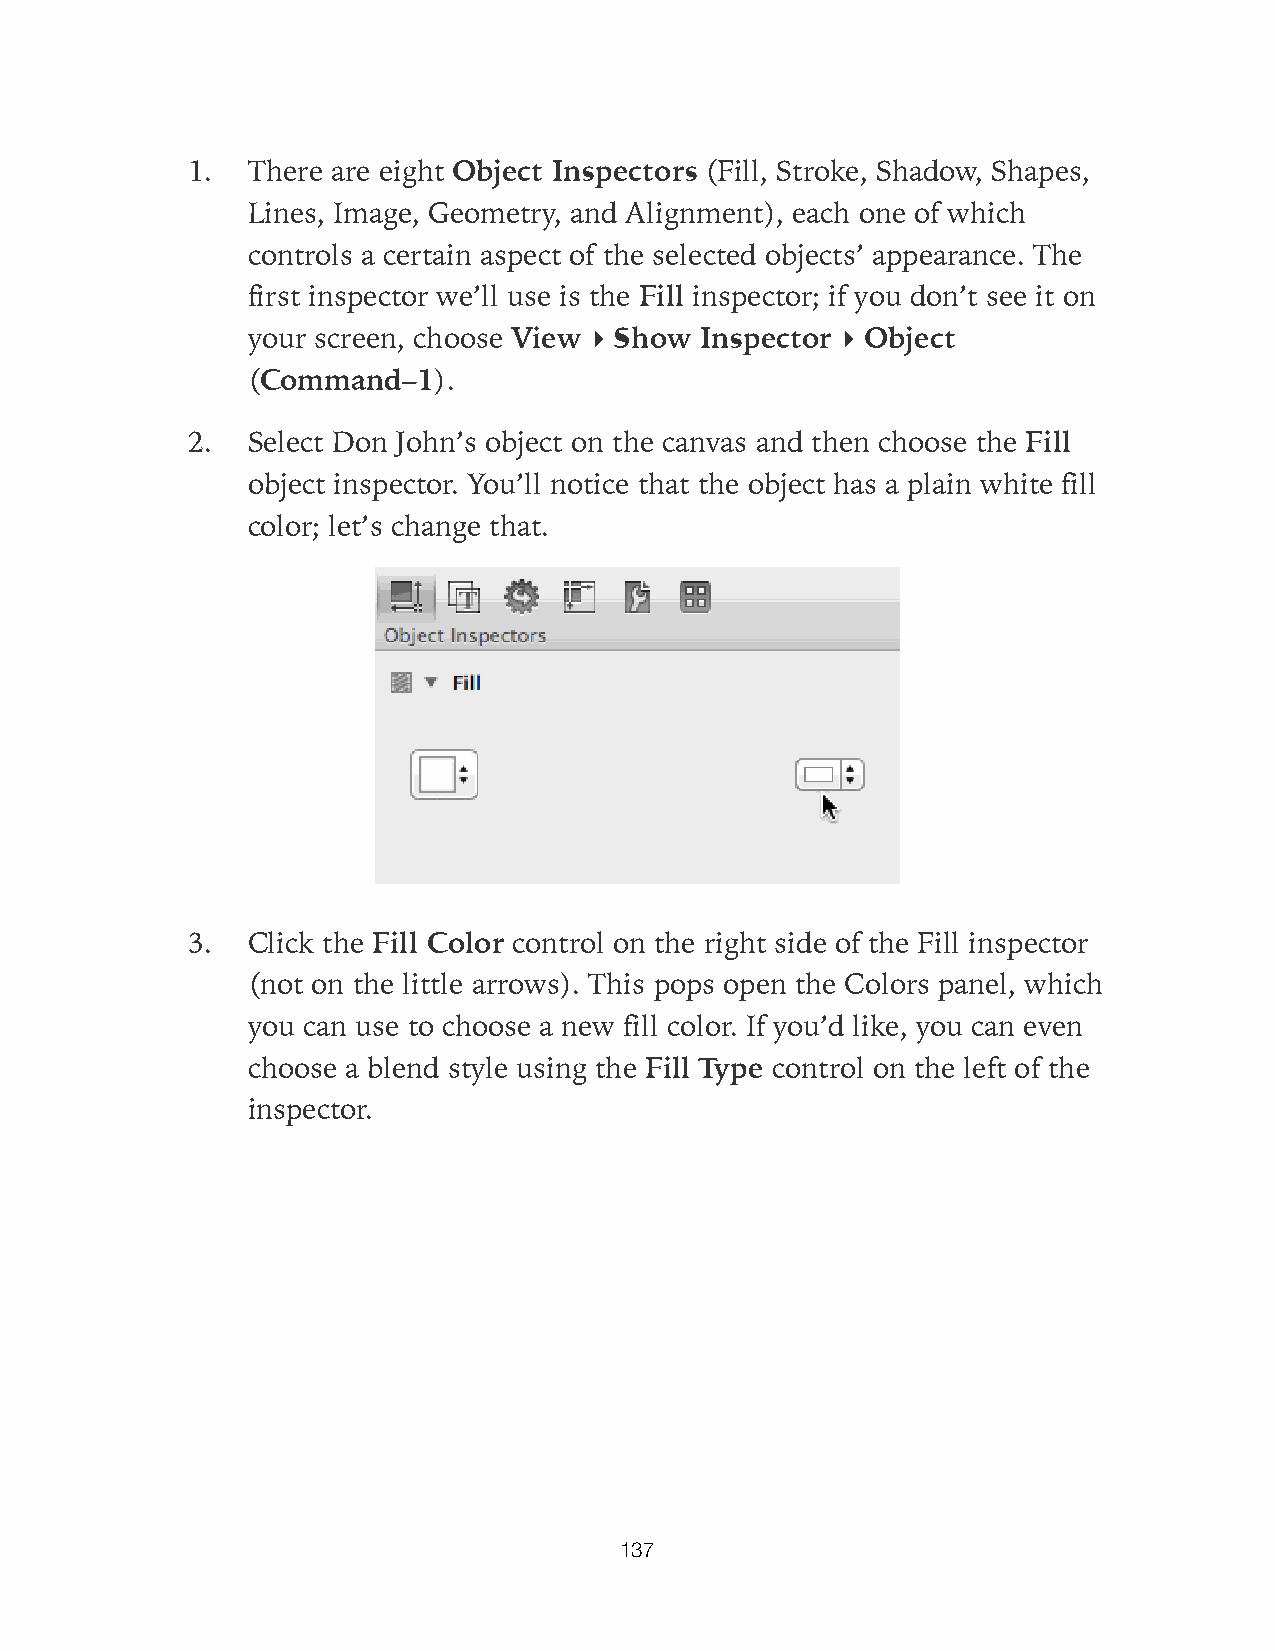
1.  There are eight Object Inspectors (Fill, Stroke, Shadow, Shapes,
 Lines, Image, Geometry, and Alignment), each one of which
 controls a certain aspect of the selected objects’ appearance. The
 first inspector we’ll use is the Fill inspector; if you don’t see it on
 your screen, choose View ▸ Show Inspector ▸ Object
 (Command–1).
 2.  Select Don John’s object on the canvas and then choose the Fill
 object inspector. You’ll notice that the object has a plain white fill
 color; let’s change that.
 3.  Click the Fill Color control on the right side of the Fill inspector
 (not on the little arrows). This pops open the Colors panel, which
 you can use to choose a new fill color. If you’d like, you can even
 choose a blend style using the Fill Type control on the left of the
 inspector.
 137